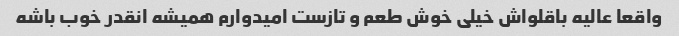
واقعا عالیه باقلواش خیلی خوش طعم و تازست امیدوارم همیشه انقدر خوب باشه